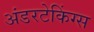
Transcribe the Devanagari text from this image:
अंडरटेकिंग्स